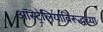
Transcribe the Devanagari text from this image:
ऑस्ट्रेलियाविरूद्धच्या